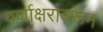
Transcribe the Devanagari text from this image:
वर्णाक्षरावरून